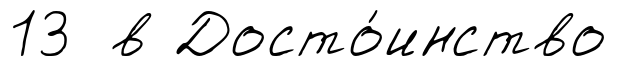
13 в Досто́инство